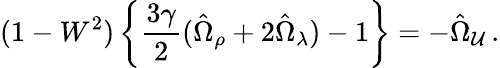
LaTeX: (1-W^{2})\left\{ \frac{3\gamma}{2}(\hat{\Omega}_{\rho}+2\hat{\Omega}_{\lambda})-1\right\} =-\hat{\Omega}_{\cal U}\, .